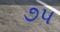
૭પ